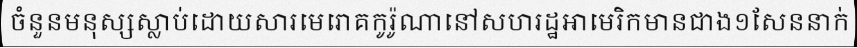
ចំនួនមនុស្សស្លាប់ដោយសារមេរោគកូរ៉ូណានៅសហរដ្ឋអាមេរិកមានជាង១សែននាក់